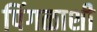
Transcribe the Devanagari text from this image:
पिंगळाशी